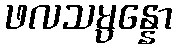
ဖလသမ္ပန္နော